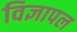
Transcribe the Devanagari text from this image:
विज्ञापल